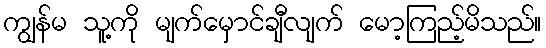
ကျွန်မ သူ့ကို မျက်မှောင်ချီလျက် မော့ကြည့်မိသည်။